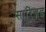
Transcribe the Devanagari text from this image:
सारिज्जइ